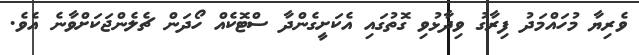
ވެރިޔާ މުހައްމަދު ފިރާގު ވިދާޅުވި ގޮތުގައި އެކަށީގެންދާ ސްޓޮކެއް ހޯދަން ޗެލެންޖަކަށްވާނެ އެވެ.